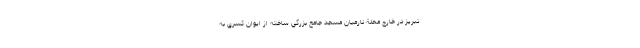
تبريز در خارج محلة نارميان مسجد جامع بزرگي ساخته از ايوان كسري به